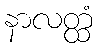
နာလတ္ထံ